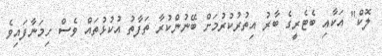
ލޮކް" އަކާއި ބެޓެރީގެ ބާރު އިތުރުކުރުމަށް ބޭނުންކުރާ ތަފާތު އުކުޅުތައް ވެސް ހިމަނާފައިވެ